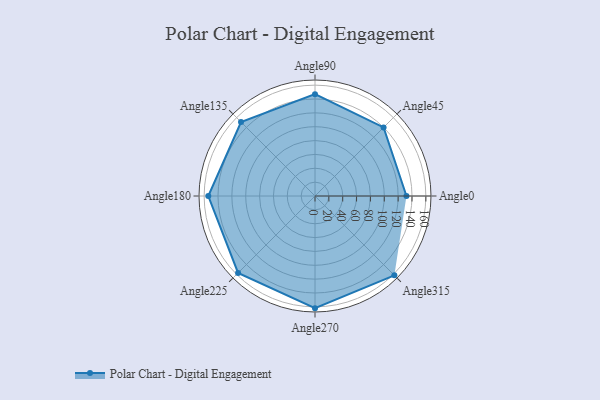
{"axis": {"x": "Angle", "y": "Radius"}, "legend": [""], "data": [{"x": "Angle0", "y": 132.0, "type": ""}, {"x": "Angle45", "y": 140.0, "type": ""}, {"x": "Angle90", "y": 147.0, "type": ""}, {"x": "Angle135", "y": 151.0, "type": ""}, {"x": "Angle180", "y": 154.0, "type": ""}, {"x": "Angle225", "y": 157.0, "type": ""}, {"x": "Angle270", "y": 162.0, "type": ""}, {"x": "Angle315", "y": 162.0, "type": ""}]}